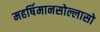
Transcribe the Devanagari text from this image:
महर्षिमानसोल्लासो